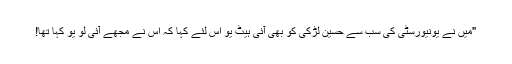
"میں نے یونیورسٹی کی سب سے حسین لڑکی کو بھی آئی ہیٹ یو اس لئے کہا کہ اس نے مجھے آئی لو یو کہا تھا!